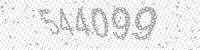
Solution: 544099